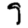
Digit: 9